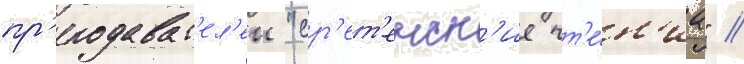
пр'еподават'ел'еи "ср'ет'енск'ие чт'е́н'иа" //